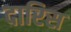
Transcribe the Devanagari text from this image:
दारिस